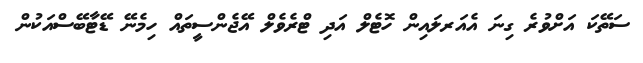
ސަތޭކަ އަށްވުރެ ގިނަ އެއަރލައިން ހޮޓެލް އަދި ޓްރެވެލް އޭޖެންސީތައް ހިމެނޭ ޑޭޓާބޭސްއަކުން